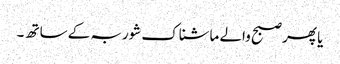
یا پھر صبح والے ماشناک شوربہ کے ساتھ ۔